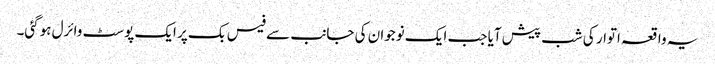
یہ واقعہ اتوار کی شب پیش آیا جب ایک نوجوان کی جانب سے فیس بک پر ایک پوسٹ وائرل ہوگئی۔